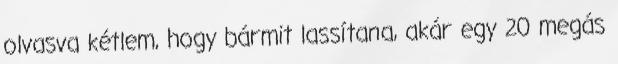
olvasva kétlem, hogy bármit lassítana, akár egy 20 megás